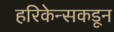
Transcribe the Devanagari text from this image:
हरिकेन्सकडून